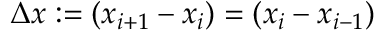
\Delta x : = ( x _ { i + 1 } - x _ { i } ) = ( x _ { i } - x _ { i - 1 } )